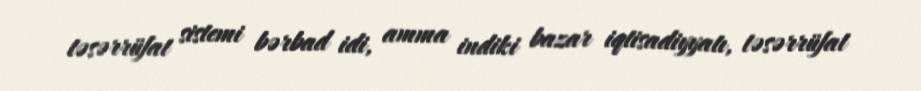
təsərrüfat sistemi bərbad idi, amma indiki bazar iqtisadiyyatı, təsərrüfat